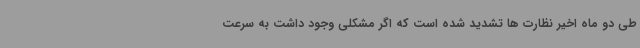
طی دو ماه اخیر نظارت ها تشدید شده است که اگر مشکلی وجود داشت به سرعت